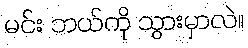
မင်း ဘယ်ကို သွားမှာလဲ။